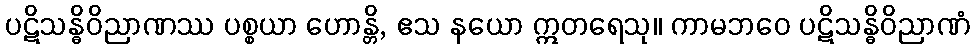
ပဋိသန္ဓိဝိညာဏဿ ပစ္စယာ ဟောန္တိ, ဧသ နယော ဣတရေသု။ ကာမဘဝေ ပဋိသန္ဓိဝိညာဏံ